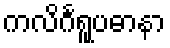
ကလိင်္ဂရူပဓာနာ